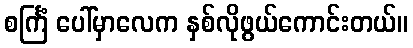
စင်္ကြံ ပေါ်မှာလေက နှစ်လိုဖွယ်ကောင်းတယ်။